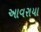
આવરાયા